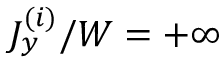
J _ { y } ^ { ( i ) } / W = + \infty